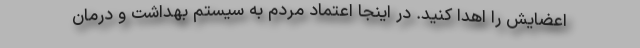
اعضایش را اهدا کنید. در اینجا اعتماد مردم به سیستم بهداشت و درمان